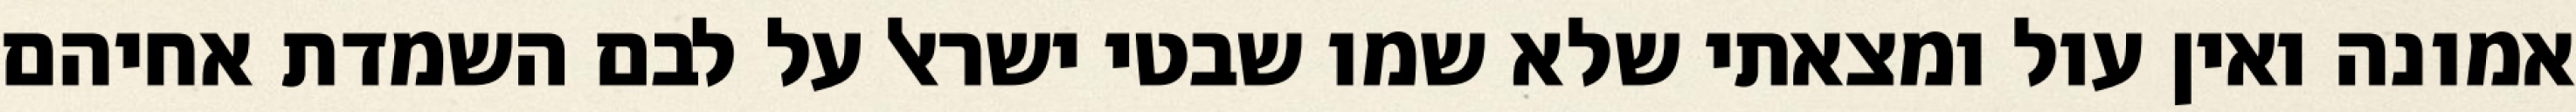
אמונה ואין עול ומצאתי שלא שמו שבטי ישראל על לבם השמדת אחיהם